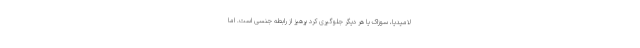
لامیدیا، سوزاک یا هر دیگر جلوگیری کرد پرهیز از رابطه جنسی است. اما